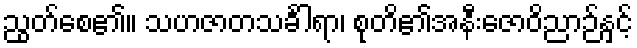
ညွတ်စေ၏။ သဟဇာတသင်္ခါရာ၊ စုတိ၏အနီးဇောဝိညာဉ်နှင့်